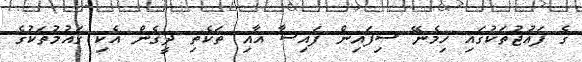
ގެ ފައުޖުތަކުގައި ހިމެނޭ ސިފައިން ފައިސާ އާއި ތަކެތި ދީގެން އެކި ގައުމުތަކުގެ